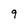
Character: 9